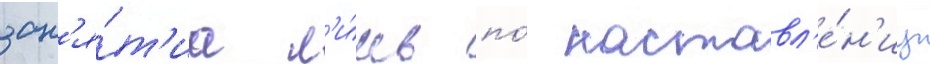
зан'я́т'иа л'и́шь по́ наставл'е́н'иу